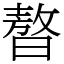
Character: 𣊁